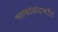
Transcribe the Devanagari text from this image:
भाषांसंदर्भात